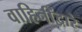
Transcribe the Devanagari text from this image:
वाहिनींद्वारे